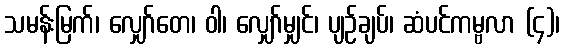
သမန်းမြက်၊ လျှော်တေ၊ ဝါ၊ လျှော်မျှင်၊ ပျဉ်ချပ်၊ ဆံပင်ကမ္ဗလာ (၄)၊